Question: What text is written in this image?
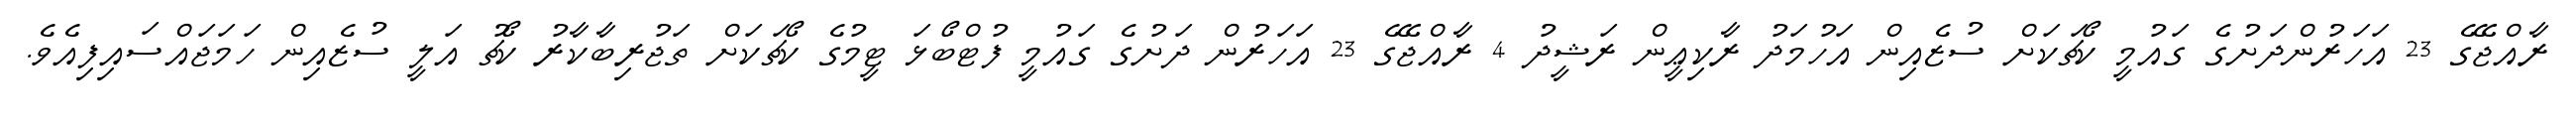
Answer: ރާއްޖޭގެ 23 އަހަރުންދަށުގެ ގައުމީ ކޯޗަކަށް ސުޒެއިން އަހުމަދު ރާކިޢީން ރަޝީދު 4 ރާއްޖޭގެ 23 އަހަރުން ދަށުގެ ގައުމީ ފުޓްބޯޅަ ޓީމުގެ ކޯޗަކަށް ތަޖުރިބާކާރު ކޯޗު އަލީ ސުޒެއިން ހަމަޖައްސައިފިއެވެ.